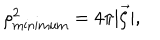
\rho _ { \mathrm { m i n i m u m } } ^ { 2 } = 4 \pi | \vec { \zeta } | ,